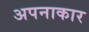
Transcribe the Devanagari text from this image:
अपनाकार